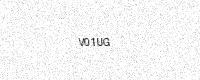
Text: V01UG